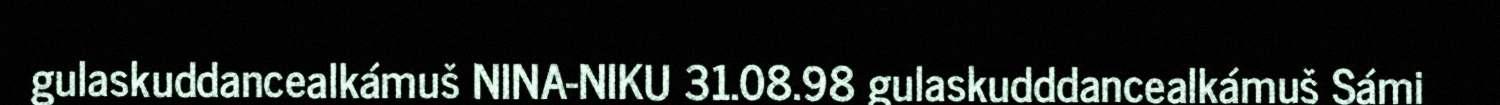
gulaskuddancealkámuš NINA-NIKU 31.08.98 gulaskudddancealkámuš Sámi